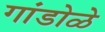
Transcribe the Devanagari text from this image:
गांडोळे